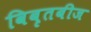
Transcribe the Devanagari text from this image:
विबृतबीज